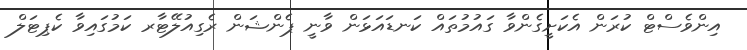
އިންވެސްޓް ކުރަން އެކަށީގެންވާ ގައުމުތައް ކަނޑައަޅަން ވާނީ ޕެންޝަން ރެގިއުލޭޓާރ ކަމުގައިވާ ކެޕިޓަލް